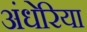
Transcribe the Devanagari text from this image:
अंधेरिया